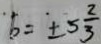
b = \pm 5 \frac { 2 } { 3 }